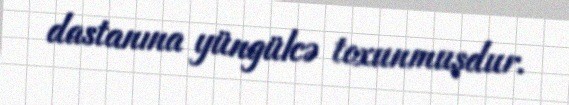
dastanına yüngülcə toxunmuşdur.